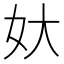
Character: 𡚻